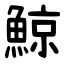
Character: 鯨